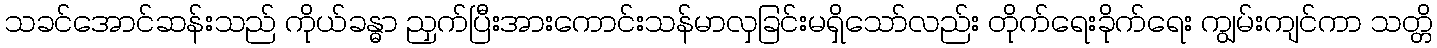
သခင်အောင်ဆန်းသည် ကိုယ်ခန္ဓာ ညှက်ပြီးအားကောင်းသန်မာလှခြင်းမရှိသော်လည်း တိုက်ရေးခိုက်ရေး ကျွမ်းကျင်ကာ သတ္တိ